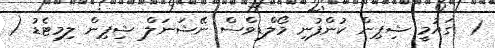
1  ގައުމީ ޝިޕިން ކުންފުނި މޯލްޑިވްސް ނޭޝަނަލް ޝިޕިން ލިމިޓެޑު (